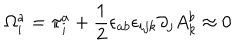
\Omega _ { i } ^ { a } = \pi _ { i } ^ { a } + \frac { 1 } { 2 } \epsilon _ { a b } \epsilon _ { i j k } \partial _ { j } A _ { k } ^ { b } \approx 0